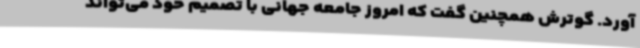
آورد. گوترش همچنین گفت که امروز جامعه جهانی با تصمیم خود می‌تواند